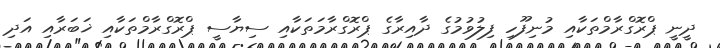
ދީނީ ޕްރޮގްރާމްތަކާއި މުނިފޫހި ފިލުވުމުގެ ދާއިރާގެ ޕްރޮގްރާމަތަކާއި ސިޔާސީ ޕްރޮގްރާމްތަކާއި ޚަބަރާއި އަދި